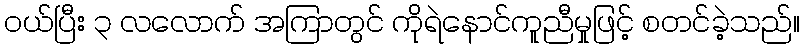
ဝယ်ပြီး ၃ လလောက် အကြာတွင် ကိုရဲနောင်ကူညီမှုဖြင့် စတင်ခဲ့သည်။